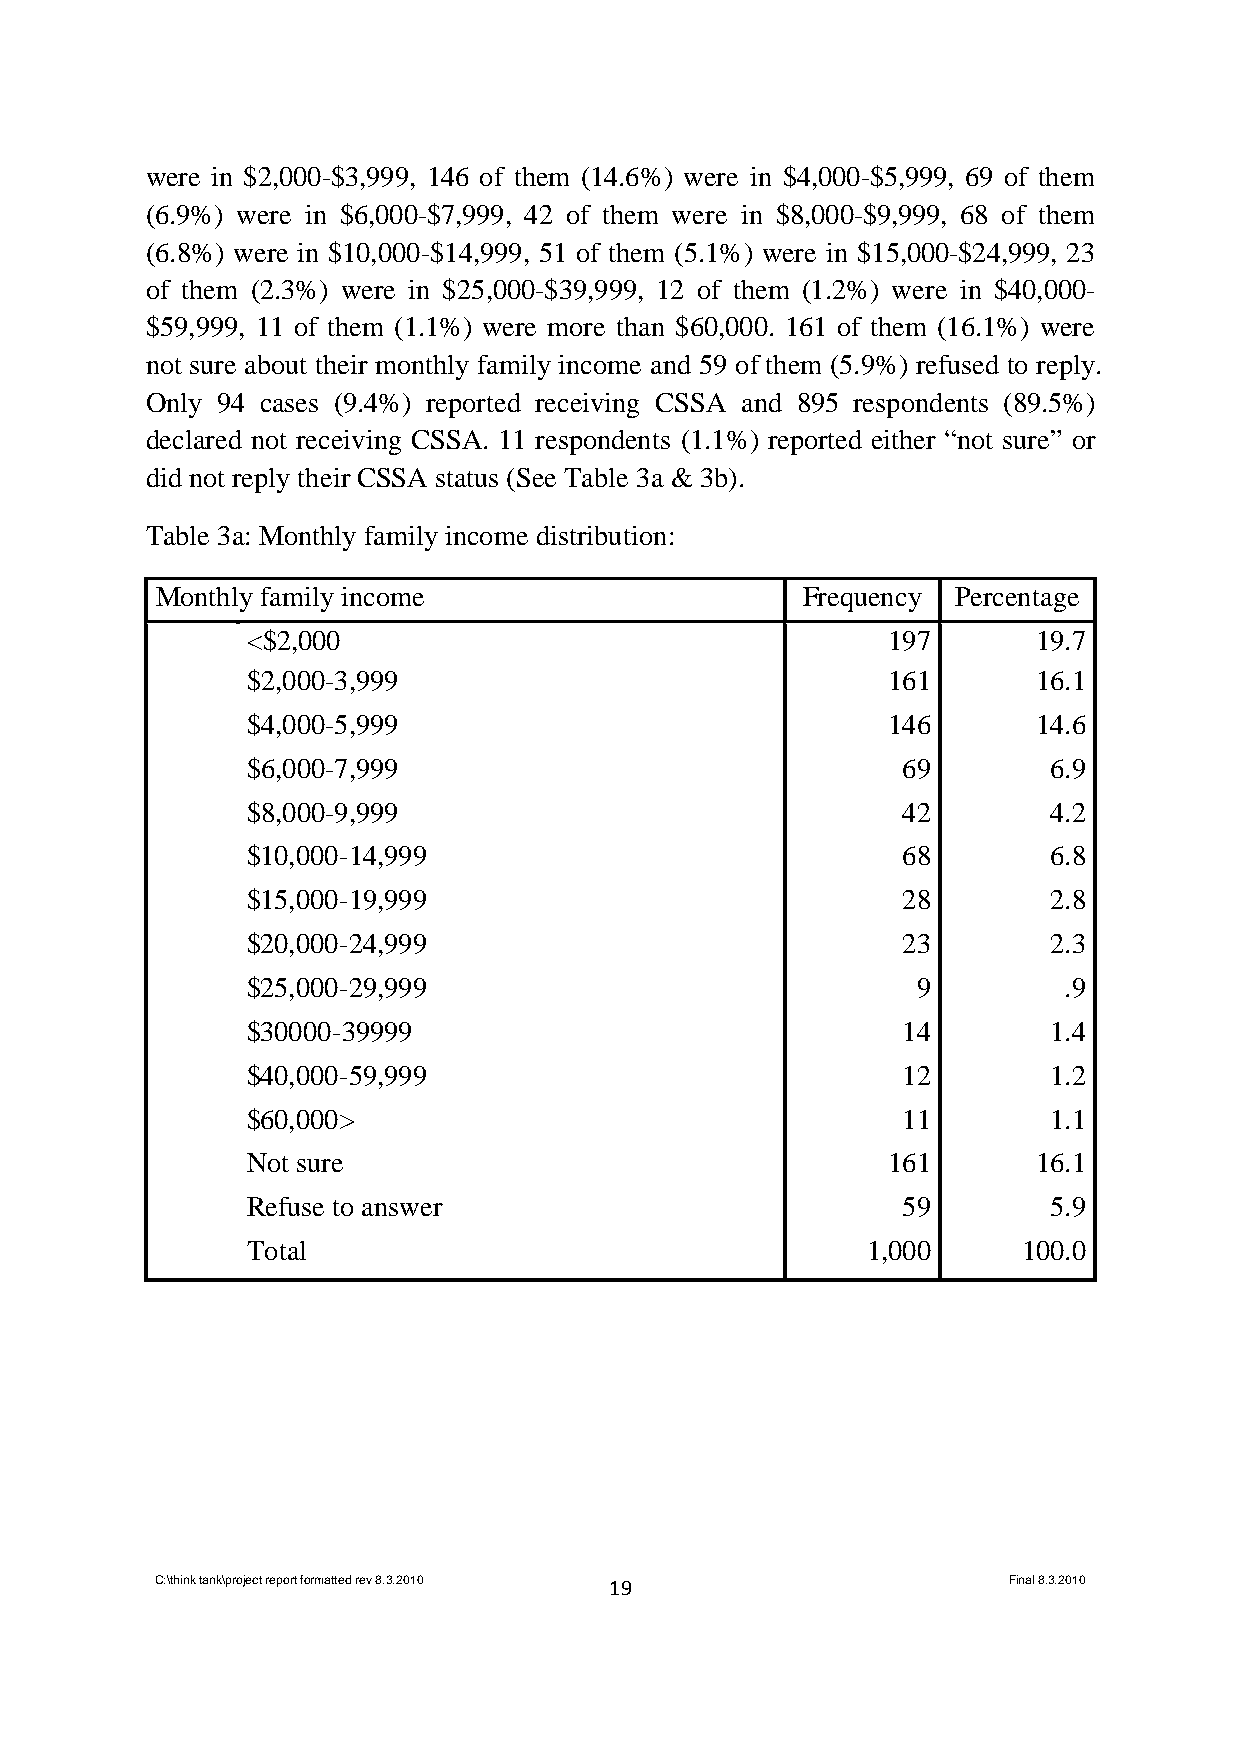
were in $2,000-$3,999, 146 of them (14.6%) were in $4,000-$5,999, 69 of them
 (6.9%) were in $6,000-$7,999, 42 of them were in $8,000-$9,999, 68 of them
 (6.8%) were in $10,000-$14,999, 51 of them (5.1%) were in $15,000-$24,999, 23
 of them (2.3%) were in $25,000-$39,999, 12 of them (1.2%) were in $40,000-
 $59,999, 11 of them (1.1%) were more than $60,000. 161 of them (16.1%) were
 not sure about their monthly family income and 59 of them (5.9%) refused to reply.
 Only 94 cases (9.4%) reported receiving CSSA and 895 respondents (89.5%)
 declared not receiving CSSA. 11 respondents (1.1%) reported either “not sure” or
 did not reply their CSSA status (See Table 3a & 3b).
 Table 3a: Monthly family income distribution:
 Monthly family income                      Frequency Percentage
 <$2,000                                    197       19.7
 $2,000-3,999                               161       16.1
 $4,000-5,999                               146       14.6
 $6,000-7,999                                69        6.9
 $8,000-9,999                                42        4.2
 $10,000-14,999                              68        6.8
 $15,000-19,999                              28        2.8
 $20,000-24,999                              23        2.3
 $25,000-29,999                               9        .9
 $30000-39999                                14        1.4
 $40,000-59,999                              12        1.2
 $60,000>                                    11        1.1
 Not sure                                   161       16.1
 Refuse to answer                            59        5.9
 Total                                    1,000      100.0
 C:\think tank\project report formatted rev 8.3.2010 19   Final 8.3.2010